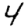
Digit: 4